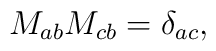
M_{ab}M_{cb} = \delta_{ac},